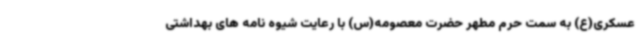
عسکری(ع) به سمت حرم مطهر حضرت معصومه(س) با رعایت شیوه نامه های بهداشتی